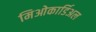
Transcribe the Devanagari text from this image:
मिओकार्डिअल